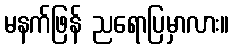
မနက်ဖြန် ညရောပြမှာလား။